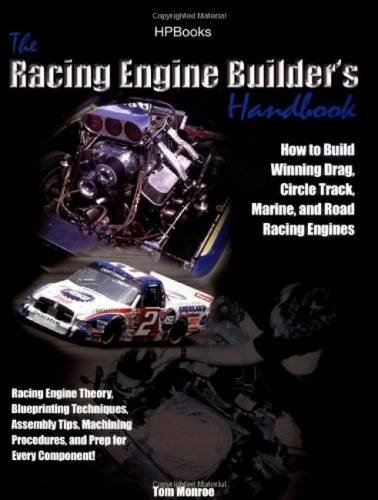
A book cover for Racing Engine Builder's Handbook: How to Build Winning Drag, Circle Track, Marine and Road RacingEngines; Tom Monroe; Engineering & Transportation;